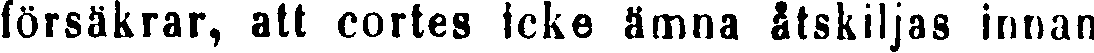
försäkrar, att cortes icke ämna åtskiljas innan